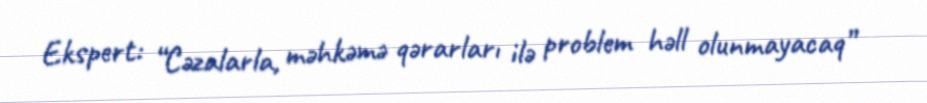
Ekspert: “Cəzalarla, məhkəmə qərarları ilə problem həll olunmayacaq”